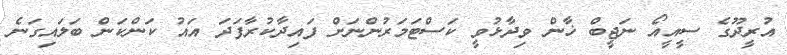
އުރީދޫގެ ސީއީއޯ ނަޖީބް ޚާން ވިދާޅުވީ ކަސްޓަމަރުންނަށް ފައިދާކުރާފަދަ އައު ކަންކަން ބަލައިގަނެ